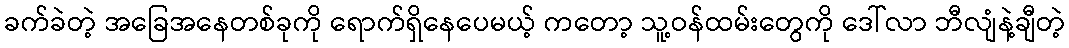
ခက်ခဲတဲ့ အခြေအနေတစ်ခုကို ရောက်ရှိနေပေမယ့် ကတော့ သူ့ဝန်ထမ်းတွေကို ဒေါ်လာ ဘီလျံနဲ့ချီတဲ့